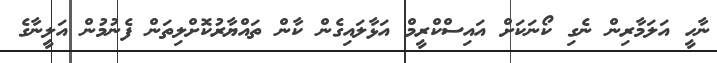
ނާހީ އަލަމާރިން ނެގި ކޯނަކަށް އައިސްކްރީމް އަޅާލައިގެން ކާން ތައްޔާރުކޮށްލިތަން ފެނުމުން އަލީނާގެ